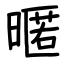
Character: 暱